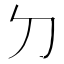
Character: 𠚣